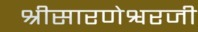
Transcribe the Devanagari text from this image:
श्रीसारणेश्वरजी